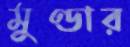
মুণ্ডার